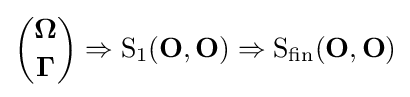
{\binom {\mathbf {\Omega } }{\mathbf {\Gamma } }}\Rightarrow {\text{S}}_{1}(\mathbf {O} ,\mathbf {O} )\Rightarrow {\text{S}}_{\text{fin}}(\mathbf {O} ,\mathbf {O} )